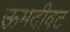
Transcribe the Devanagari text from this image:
ऊमदीवट